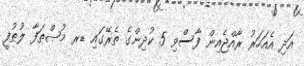
އަދި އެއަހަރު ރާއްޖެއިން ފާސްވި 5 ކުދިންގެ ތެރޭގައި ޑރ މުޞްޠަފާ ލުޠުފީ